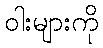
ဝါးများကို